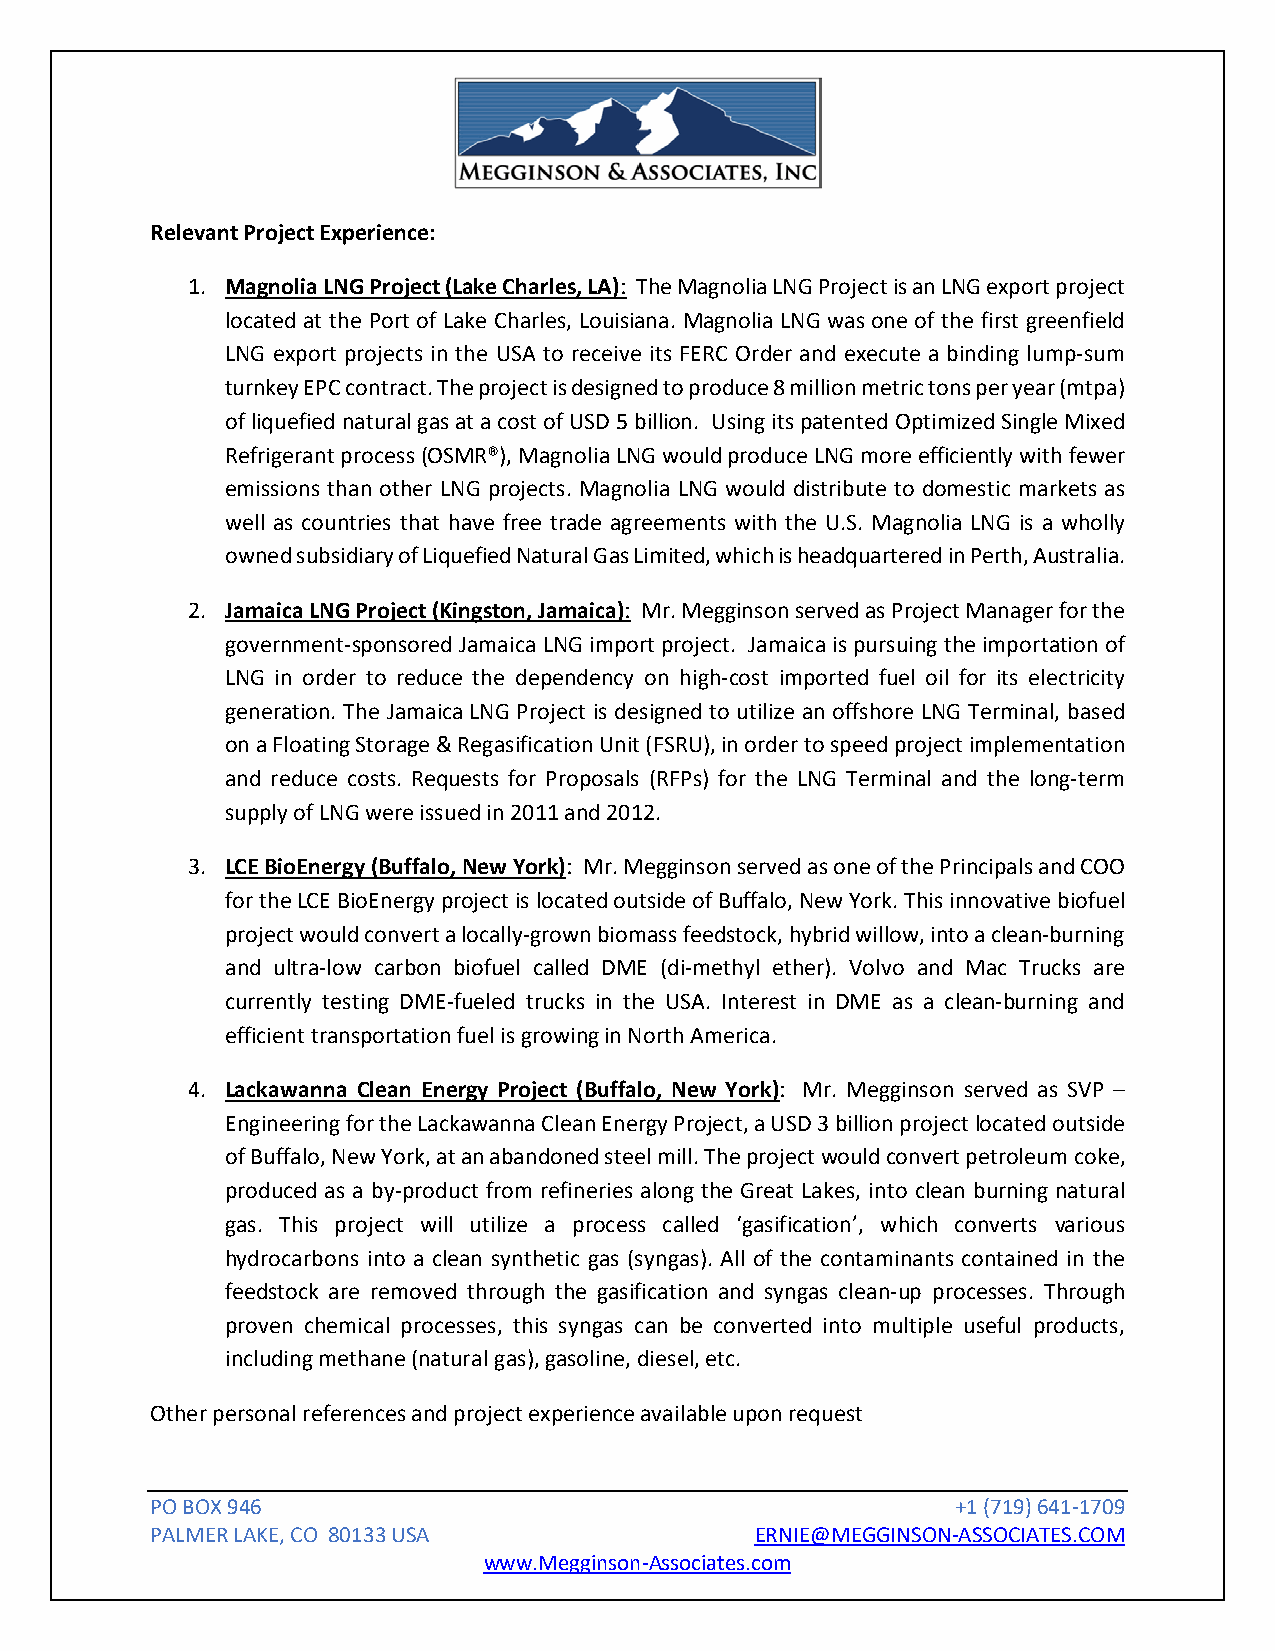
Relevant Project Experience:
 1. Magnolia LNG Project (Lake Charles, LA): The Magnolia LNG Project is an LNG export project
 located at the Port of Lake Charles, Louisiana. Magnolia LNG was one of the first greenfield
 LNG export projects in the USA to receive its FERC Order and execute a binding lump-sum
 turnkey EPC contract. The project is designed to produce 8 million metric tons per year (mtpa)
 of liquefied natural gas at a cost of USD 5 billion. Using its patented Optimized Single Mixed
 Refrigerant process (OSMR®), Magnolia LNG would produce LNG more efficiently with fewer
 emissions than other LNG projects. Magnolia LNG would distribute to domestic markets as
 well as countries that have free trade agreements with the U.S. Magnolia LNG is a wholly
 owned subsidiary of Liquefied Natural Gas Limited, which is headquartered in Perth, Australia.
 2. Jamaica LNG Project (Kingston, Jamaica): Mr. Megginson served as Project Manager for the
 government-sponsored Jamaica LNG import project. Jamaica is pursuing the importation of
 LNG in order to reduce the dependency on high-cost imported fuel oil for its electricity
 generation. The Jamaica LNG Project is designed to utilize an offshore LNG Terminal, based
 on a Floating Storage & Regasification Unit (FSRU), in order to speed project implementation
 and reduce costs. Requests for Proposals (RFPs) for the LNG Terminal and the long-term
 supply of LNG were issued in 2011 and 2012.
 3. LCE BioEnergy (Buffalo, New York): Mr. Megginson served as one of the Principals and COO
 for the LCE BioEnergy project is located outside of Buffalo, New York. This innovative biofuel
 project would convert a locally-grown biomass feedstock, hybrid willow, into a clean-burning
 and ultra-low carbon biofuel called DME (di-methyl ether). Volvo and Mac Trucks are
 currently testing DME-fueled trucks in the USA. Interest in DME as a clean-burning and
 efficient transportation fuel is growing in North America.
 4. Lackawanna Clean Energy Project (Buffalo, New York): Mr. Megginson served as SVP –
 Engineering for the Lackawanna Clean Energy Project, a USD 3 billion project located outside
 of Buffalo, New York, at an abandoned steel mill. The project would convert petroleum coke,
 produced as a by-product from refineries along the Great Lakes, into clean burning natural
 gas. This project will utilize a process called ‘gasification’, which converts various
 hydrocarbons into a clean synthetic gas (syngas). All of the contaminants contained in the
 feedstock are removed through the gasification and syngas clean-up processes. Through
 proven chemical processes, this syngas can be converted into multiple useful products,
 including methane (natural gas), gasoline, diesel, etc.
 Other personal references and project experience available upon request
 PO BOX 946                                           +1 (719) 641-1709
 PALMER LAKE, CO 80133 USA               ERNIE@MEGGINSON-ASSOCIATES.COM
 www.Megginson-Associates.com